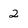
Character: 2